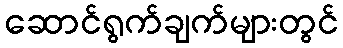
ဆောင်ရွက်ချက်များတွင်